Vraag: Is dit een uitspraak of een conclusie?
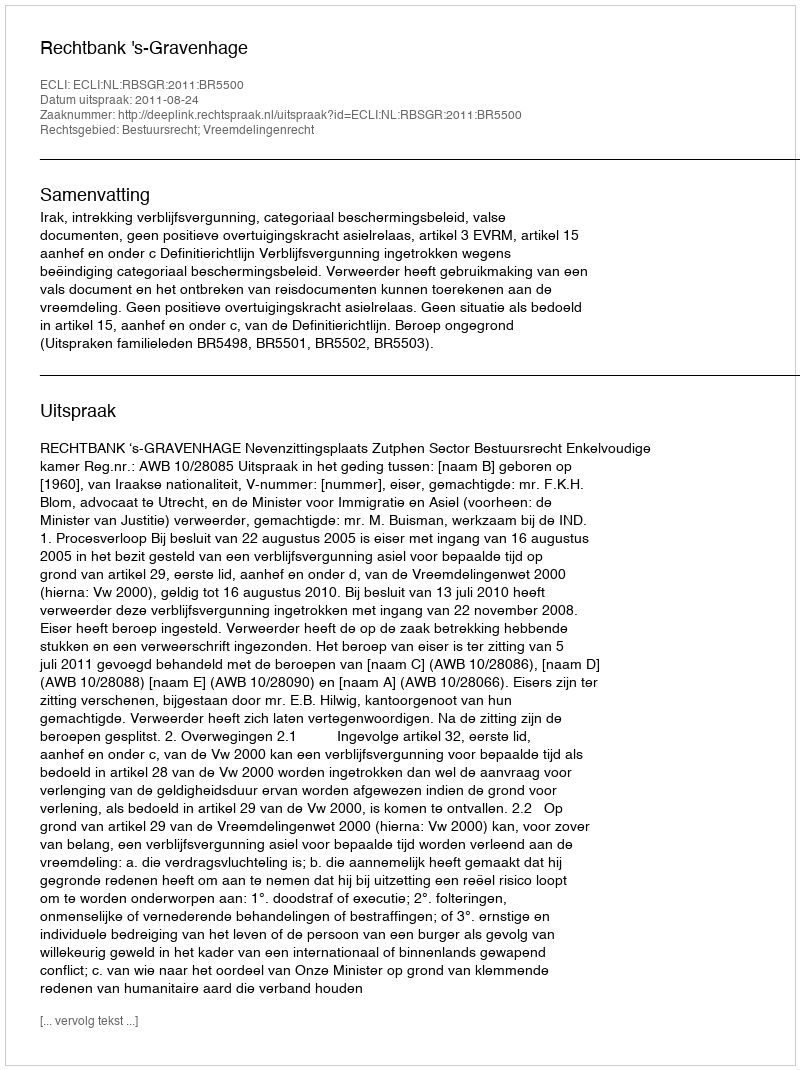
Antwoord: Uitspraak